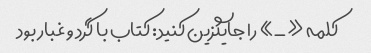
کلمه «_» را جایگزین کنید: کتاب با گرد و غبار بود